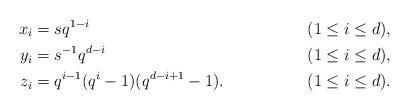
LaTeX: \begin{align*} x_i &= s q^{1-i} && (1 \leq i \leq d),\\ y_i &= s^{-1} q^{d-i} && (1 \leq i \leq d),\\ z_i &= q^{i-1} (q^i-1)(q^{d-i+1}-1). && (1 \leq i \leq d).\end{align*}